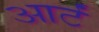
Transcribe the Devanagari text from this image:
आर्टं